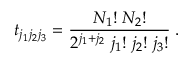
t _ { j _ { 1 } j _ { 2 } j _ { 3 } } = \frac { { N _ { 1 } } ! \; { N _ { 2 } } ! } { 2 ^ { j _ { 1 } + j _ { 2 } } \; { j _ { 1 } } ! \; { j _ { 2 } } ! \; { j _ { 3 } } ! } \; .